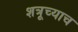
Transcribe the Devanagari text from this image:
शत्रूच्याच